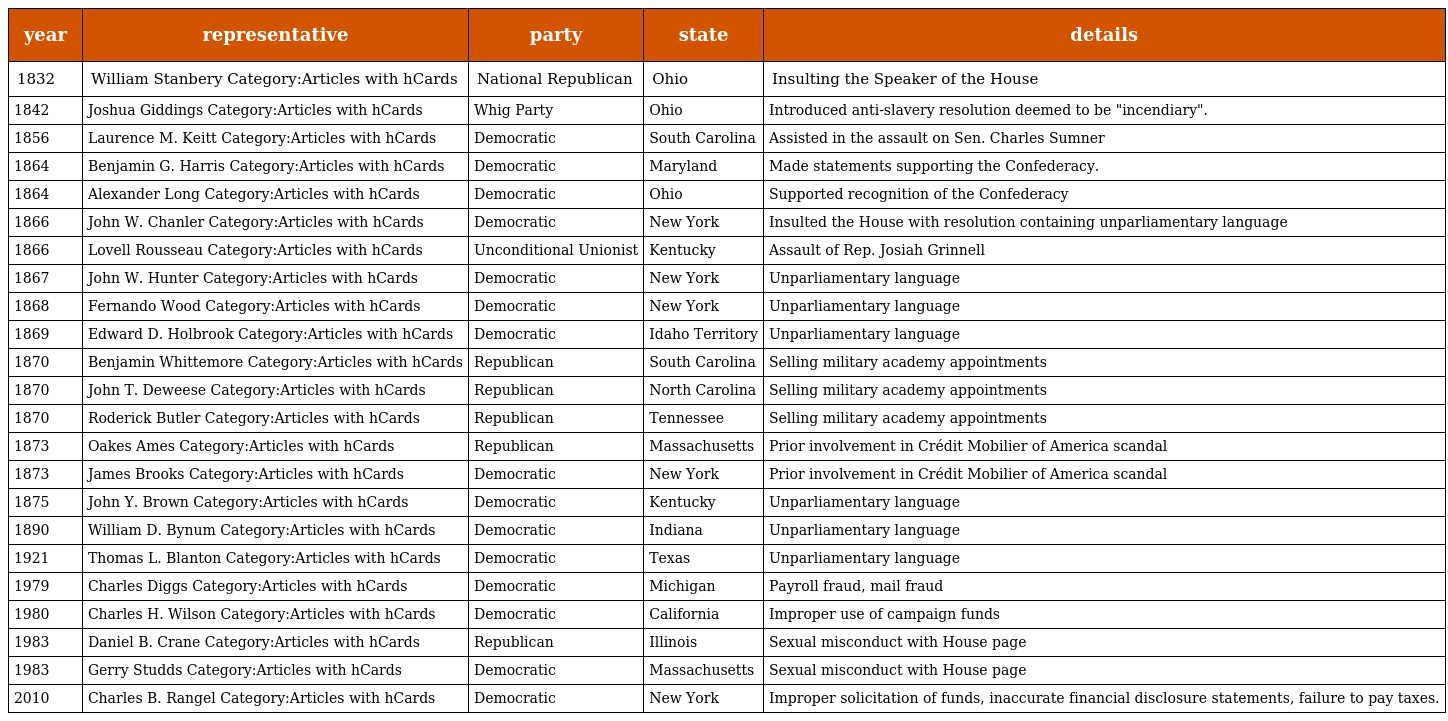
| year | representative | party | state | details |
 | --- | --- | --- | --- | --- |
 | 1832 | William Stanbery Category:Articles with hCards | National Republican | Ohio | Insulting the Speaker of the House |
 | 1842 | Joshua Giddings Category:Articles with hCards | Whig Party | Ohio | Introduced anti-slavery resolution deemed to be "incendiary". |
 | 1856 | Laurence M. Keitt Category:Articles with hCards | Democratic | South Carolina | Assisted in the assault on Sen. Charles Sumner |
 | 1864 | Benjamin G. Harris Category:Articles with hCards | Democratic | Maryland | Made statements supporting the Confederacy. |
 | 1864 | Alexander Long Category:Articles with hCards | Democratic | Ohio | Supported recognition of the Confederacy |
 | 1866 | John W. Chanler Category:Articles with hCards | Democratic | New York | Insulted the House with resolution containing unparliamentary language |
 | 1866 | Lovell Rousseau Category:Articles with hCards | Unconditional Unionist | Kentucky | Assault of Rep. Josiah Grinnell |
 | 1867 | John W. Hunter Category:Articles with hCards | Democratic | New York | Unparliamentary language |
 | 1868 | Fernando Wood Category:Articles with hCards | Democratic | New York | Unparliamentary language |
 | 1869 | Edward D. Holbrook Category:Articles with hCards | Democratic | Idaho Territory | Unparliamentary language |
 | 1870 | Benjamin Whittemore Category:Articles with hCards | Republican | South Carolina | Selling military academy appointments |
 | 1870 | John T. Deweese Category:Articles with hCards | Republican | North Carolina | Selling military academy appointments |
 | 1870 | Roderick Butler Category:Articles with hCards | Republican | Tennessee | Selling military academy appointments |
 | 1873 | Oakes Ames Category:Articles with hCards | Republican | Massachusetts | Prior involvement in Crédit Mobilier of America scandal |
 | 1873 | James Brooks Category:Articles with hCards | Democratic | New York | Prior involvement in Crédit Mobilier of America scandal |
 | 1875 | John Y. Brown Category:Articles with hCards | Democratic | Kentucky | Unparliamentary language |
 | 1890 | William D. Bynum Category:Articles with hCards | Democratic | Indiana | Unparliamentary language |
 | 1921 | Thomas L. Blanton Category:Articles with hCards | Democratic | Texas | Unparliamentary language |
 | 1979 | Charles Diggs Category:Articles with hCards | Democratic | Michigan | Payroll fraud, mail fraud |
 | 1980 | Charles H. Wilson Category:Articles with hCards | Democratic | California | Improper use of campaign funds |
 | 1983 | Daniel B. Crane Category:Articles with hCards | Republican | Illinois | Sexual misconduct with House page |
 | 1983 | Gerry Studds Category:Articles with hCards | Democratic | Massachusetts | Sexual misconduct with House page |
 | 2010 | Charles B. Rangel Category:Articles with hCards | Democratic | New York | Improper solicitation of funds, inaccurate financial disclosure statements, failure to pay taxes. |